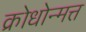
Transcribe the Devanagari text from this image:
क्रोधोन्मत्त